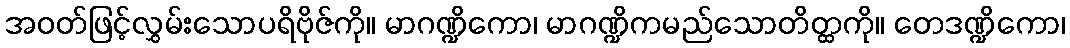
အဝတ်ဖြင့်လွှမ်းသောပရိဗိုဇ်ကို။ မာဂဏ္ဍိကော၊ မာဂဏ္ဍိကမည်သောတိတ္ထကို။ တေဒဏ္ဍိကော၊